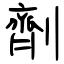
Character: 劑